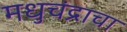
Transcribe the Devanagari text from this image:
मधुचंद्राचा